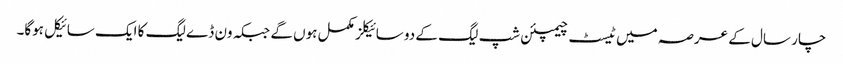
چار سال کے عرصہ میں ٹیسٹ چیمپئن شپ لیگ کے دو سائیکلز مکمل ہوں گے جبکہ ون ڈے لیگ کا ایک سائیکل ہوگا۔